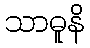
သာဓူနိ